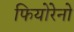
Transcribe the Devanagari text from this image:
फियोरेनो